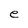
Character: e